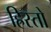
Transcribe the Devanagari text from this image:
ह्रिस्तो